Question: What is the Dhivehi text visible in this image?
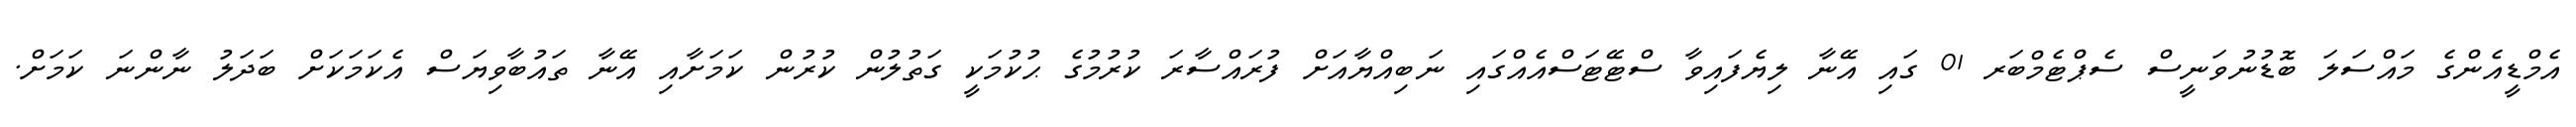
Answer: އެމްޑީއެންގެ މައްސަލަ ބޮޑުނުވަނީސް ސެޕްޓެމްބަރ 01 ގައި އޭނާ ލިޔެފައިވާ ސްޓޭޓަސްއެއްގައި ނަބިއްޔާއަށް ފުރައްސާރަ ކުރުމުގެ ޙުކުމަކީ ގަތުލުން ކުރުން ކަމަށާއި އޭނާ ތައުބާވިޔަސް އެކަމަކަށް ބަދަލު ނާންނަ ކަމަށް.